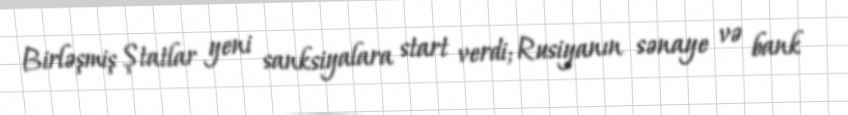
Birləşmiş Ştatlar yeni sanksiyalara start verdi; Rusiyanın sənaye və bank